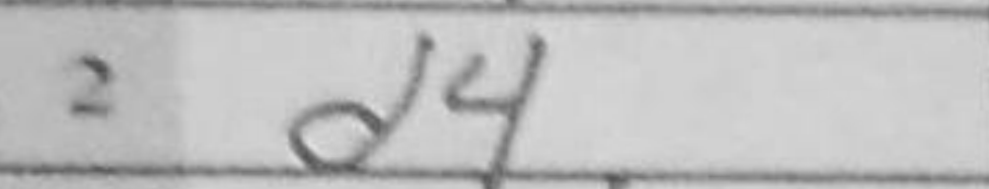
Transcription: d4